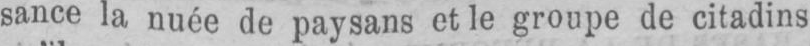
sauce la nuée de paysans et le groupe de citadins